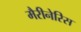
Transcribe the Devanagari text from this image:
मैरीनेरिस